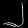
Digit: ၂